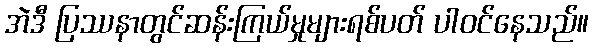
အဲဒီ ပြဿနာတွင်ဆန်းကြယ်မှုများရစ်ပတ် ပါဝင်နေသည်။